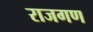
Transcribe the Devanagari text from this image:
राजगण